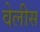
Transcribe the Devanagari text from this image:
वेलीस